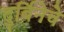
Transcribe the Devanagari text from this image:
दुर्बिनेचे